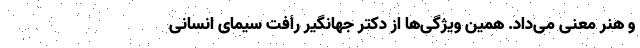
و هنر معنی می‌داد. همین ویژگی‌ها از دکتر جهانگیر رأفت سیمای انسانی